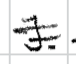
Text: J.
Cross-out: double-line
Writing tool: digital_black